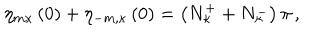
\eta _ { m \kappa } \left( 0 \right) + \eta _ { - m , \kappa } \left( 0 \right) = \left( N _ { \kappa } ^ { + } + N _ { \kappa } ^ { - } \right) \pi \, ,